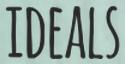
IDEALS